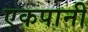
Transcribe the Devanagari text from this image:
एकपानी